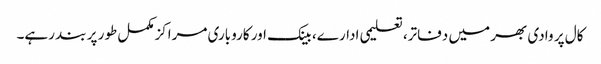
کال پر وادی بھر میں دفاتر، تعلیمی ادارے، بینک اور کاروباری مراکزمکمل طور پر بند رہے۔